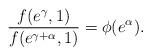
LaTeX: \begin{align*}\frac{f(e^{\gamma},1)}{f(e^{\gamma+\alpha},1)}=\phi(e^{\alpha}).\end{align*}